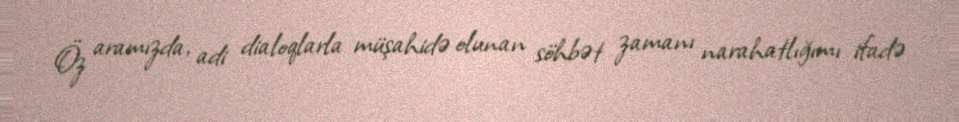
Öz aramızda, adi dialoqlarla müşahidə olunan söhbət zamanı narahatlığımı ifadə